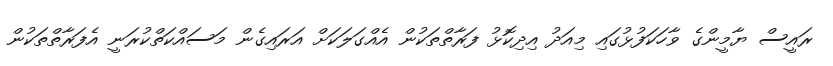
ރައީސް ޔާމީންގެ ވާހަކަފުޅުގައި މިއަދު އިދިކޮޅު ފަރާތްތަކުން އެއްގަލަކަށް އަރައިގެން މަސައްކަތްކުރަނީ އެފަރާތްތަކުން